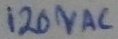
Text: 120VAC